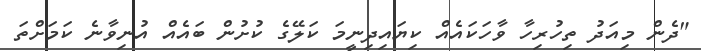
"ދެން މިއަދު ތިހުރިހާ ވާހަކައެއް ކިޔައިދިނީމަ ކަލޭގެ ކުށުން ބައެއް އުނިވާނެ ކަމަށްތަ